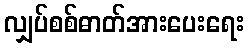
လျှပ်စစ်ဓာတ်အားပေးရေး